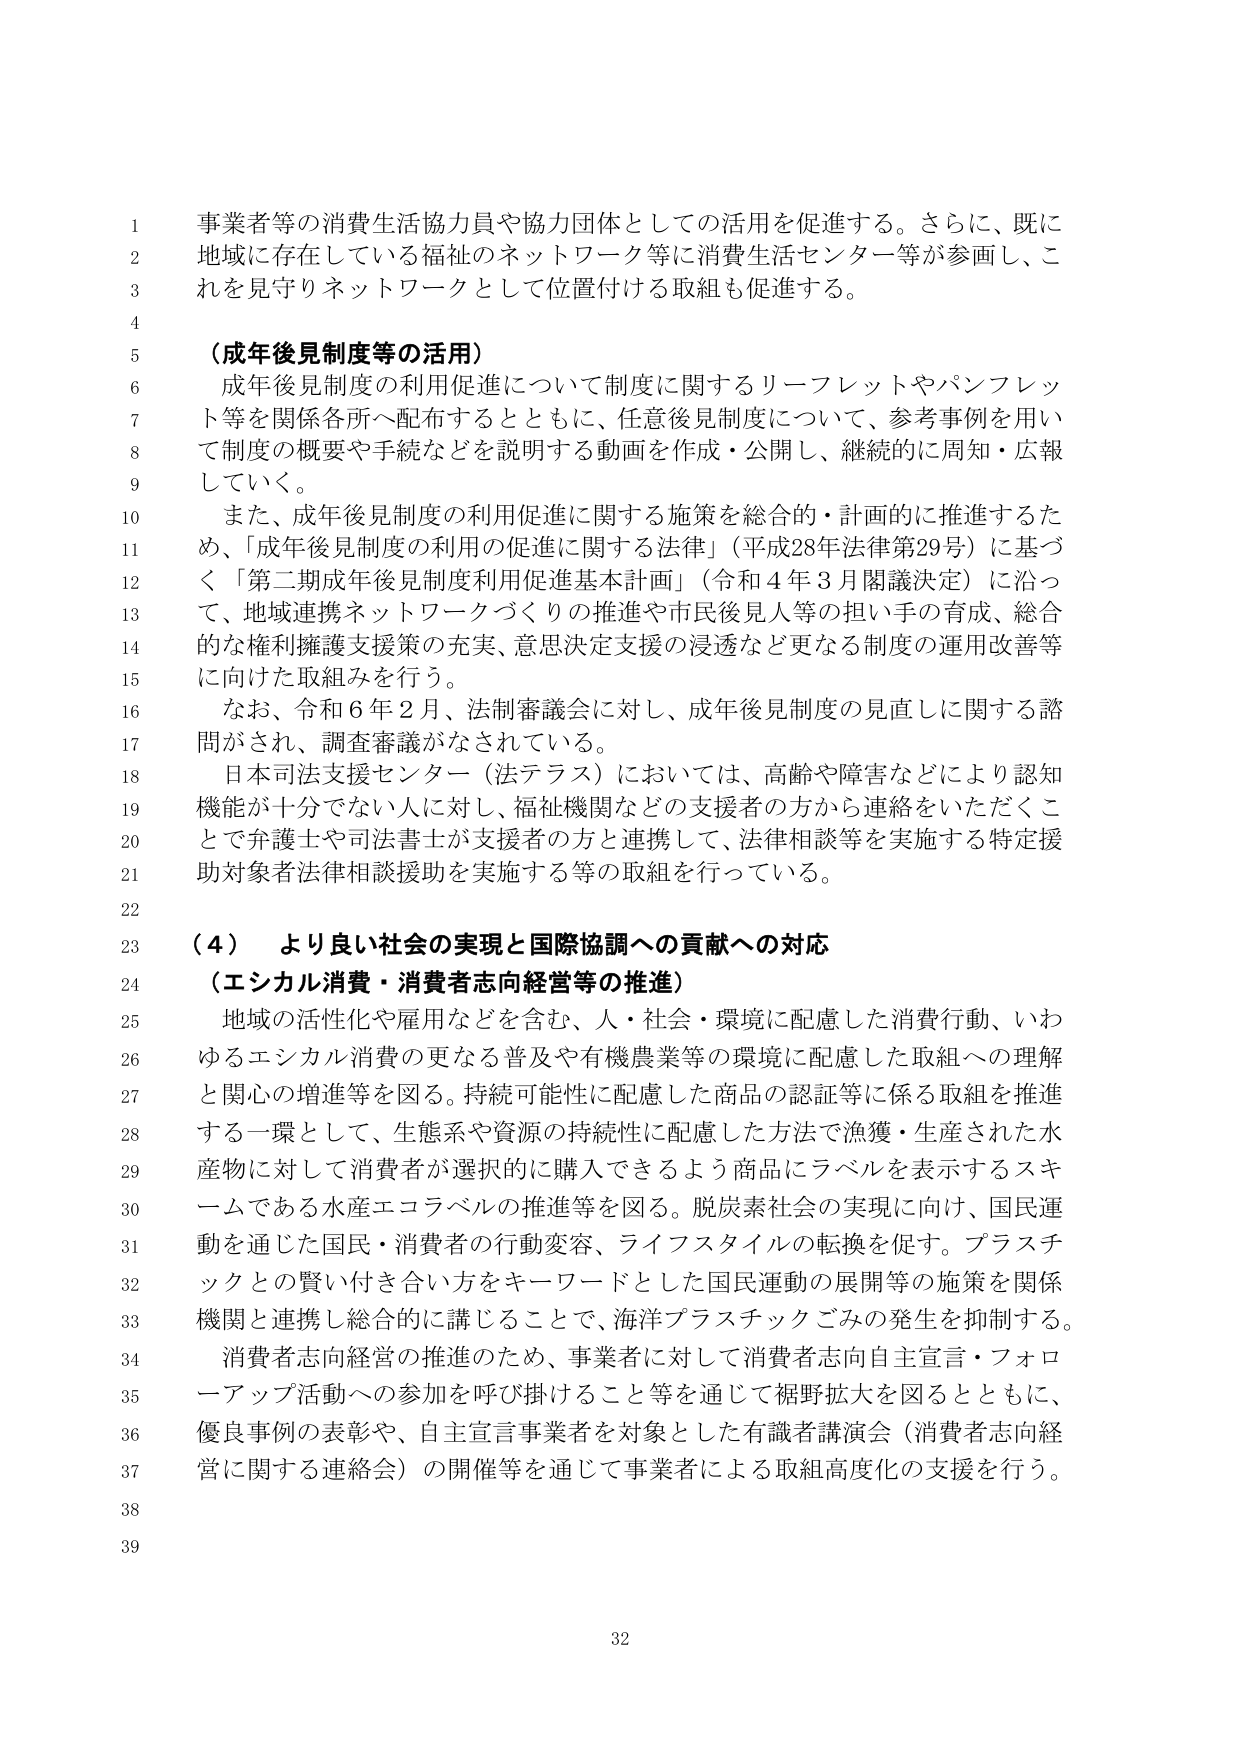
事業者等の消費生活協力員や協力団体としての活用を促進する。さらに、既に地域に存在している福祉のネットワーク等に消費生活センター等が参画し、これを見守りネットワークとして位置付ける取組も促進する。

（成年後見制度等の活用）
成年後見制度の利用促進について制度に関するリーフレットやパンフレット等を関係各所へ配布するとともに、任意後見制度について、参考事例を用いて制度の概要や手続などを説明する動画を作成・公開し、継続的に周知・広報していく。
また、成年後見制度の利用促進に関する施策を総合的・計画的に推進するため、「成年後見制度の利用の促進に関する法律」（平成28年法律第29号）に基づく「第二期成年後見制度利用促進基本計画」（令和4年3月閣議決定）に沿って、地域連携ネットワークづくりの推進や市民後見人等の担い手の育成、総合的な権利擁護支援策の充実、意思決定支援の浸透など更なる制度の運用改善等に向けた取組みを行う。
なお、令和6年2月、法制審議会に対し、成年後見制度の見直しに関する諮問がされ、調査審議がなされている。
日本司法支援センター（法テラス）においては、高齢や障害などにより認知機能が十分でない人に対し、福祉機関などの支援者の方から連絡をいただくことで弁護士や司法書士が支援者の方と連携して、法律相談等を実施する特定援助対象者法律相談援助を実施する等の取組を行っている。

（４） より良い社会の実現と国際協調への貢献への対応
（エシカル消費・消費者志向経営等の推進）
地域の活性化や雇用などを含む、人・社会・環境に配慮した消費行動、いわゆるエシカル消費の更なる普及や有機農業等の環境に配慮した取組への理解と関心の増進等を図る。持続可能性に配慮した商品の認証等に係る取組を推進する一環として、生態系や資源の持続性に配慮した方法で漁獲・生産された水産物に対して消費者が選択的に購入できるよう商品にラベルを表示するスキームである水産エコラベルの推進等を図る。脱炭素社会の実現に向け、国民運動を通じた国民・消費者の行動変容、ライフスタイルの転換を促す。プラスチックとの賢い付き合い方をキーワードとした国民運動の展開等の施策を関係機関と連携し総合的に講じることで、海洋プラスチックごみの発生を抑制する。
消費者志向経営の推進のため、事業者に対して消費者志向自主宣言・フォローアップ活動への参加を呼び掛けること等を通じて裾野拡大を図るとともに、優良事例の表彰や、自主宣言事業者を対象とした有識者講演会（消費者志向経営に関する連絡会）の開催等を通じて事業者による取組高度化の支援を行う。

32